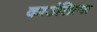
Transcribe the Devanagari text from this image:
काउंसिल्स